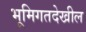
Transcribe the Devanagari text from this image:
भूमिगतदेखील